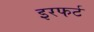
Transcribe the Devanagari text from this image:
इरफर्ट